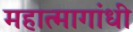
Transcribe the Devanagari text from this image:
महात्मागांधी